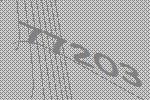
77203